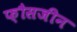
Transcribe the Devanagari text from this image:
फ़ौसजीन